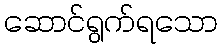
ဆောင်ရွက်ရသော